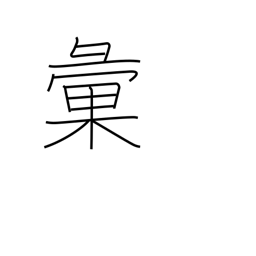
Meaning: classify